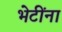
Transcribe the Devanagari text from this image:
भेटींना